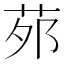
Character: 茒